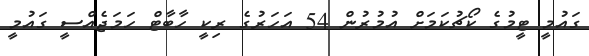
ގައުމީ ޓީމުގެ ކޯޗުކަމަށް އުމުރުން 54 އަހަރުގެ ރިކީ ހާބާޓް ހަމަޖެއްސީ ގައުމީ